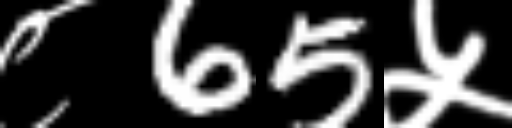
Text: ८65५